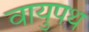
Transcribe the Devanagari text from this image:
वायुपथ